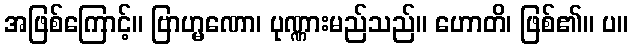
အဖြစ်ကြောင့်။ ဗြာဟ္မဏော၊ ပုဏ္ဏားမည်သည်။ ဟောတိ၊ ဖြစ်၏။ ပ။